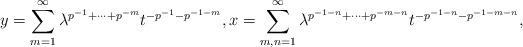
LaTeX: \begin{align*}y = \sum_{m=1}^\infty \lambda^{p^{-1}+\cdots+p^{-m}} t^{-p^{-1}-p^{-1-m}}, x = \sum_{m,n=1}^\infty \lambda^{p^{-1-n}+\cdots+p^{-m-n}} t^{-p^{-1-n}-p^{-1-m-n}},\end{align*}